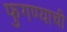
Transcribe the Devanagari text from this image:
फुगण्याची